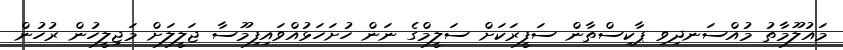
މައުލޫމާތު މުއްސަނދިވި ޕާކިސްތާން ސަފީރަަކަށް ސަލީމްގެ ނަން ހުށަހަޅުއްވައިފިމޫސާ ޖަލީލަށް މަޖިލީހުން ރުހުން